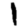
Digit: 1